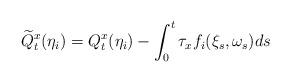
LaTeX: \begin{align*}\widetilde Q_t^x (\eta_i) = Q_t^x (\eta_i) - \int_0^t \tau_x f_i (\xi_s,\omega_s) ds \end{align*}